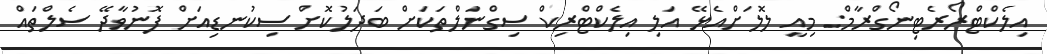
އިލެކްޓްރޯރެޓިނޯގްރާމް: މިއީ ލޮލަށްއެޅޭ އަލި އިލެކްޓްރިކް ސިގްނަލްތަކަށް ބަދަލުކޮށް ސިކުނޑިއަށް ފޮނުވާދޭ ސެލްތައް